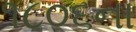
૧૮૦૬ના